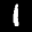
Label: 1